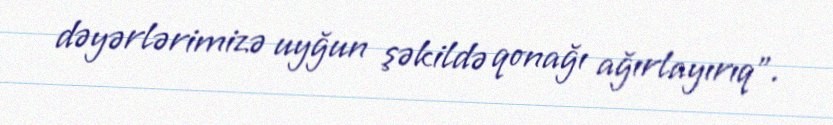
dəyərlərimizə uyğun şəkildə qonağı ağırlayırıq”.